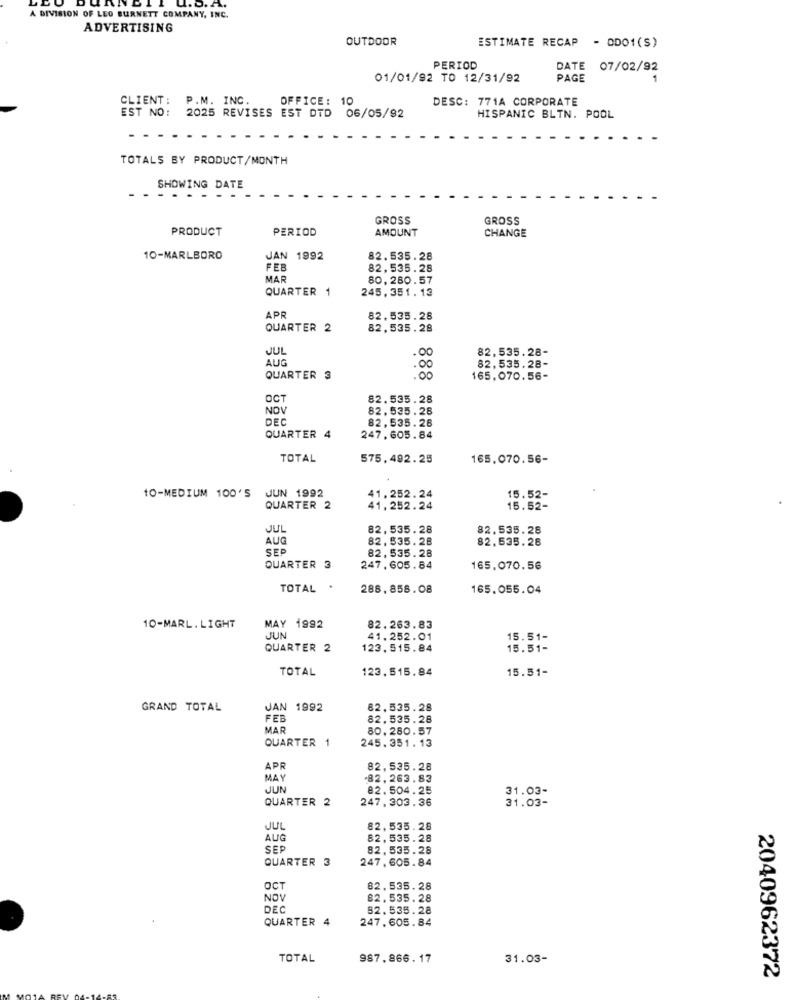
A DIVISION OF LEO BURNETT COMPANY, INC.
ADVERTISING
OUTDOOR
ESTIMATE RECAP - ODO1(S)
PERIOD
DATE 07/02/92
01/01/92 TO 12/31/92
PAGE
CLIENT: P.M. INC.
OFFICE: 10
DESC: 771A CORPORATE
EST NO :
2025 REVISES EST DTD 06/05/92
HISPANIC BLIN. POOL
TOTALS BY PRODUCT/MONTH
SHOWING DATE
GROSS
GROSS
PRODUCT
PERIOD
AMOUNT
CHANGE
10-MARLBORO
JAN 1992
82.535.28
FEB
82,535.28
MAR
80,280.57
QUARTER 1
245,351.13
APR
82.535.28
QUARTER 2
82,535.28
JUL
82,535.28-
AUG
82.535.28-
QUARTER 3
:00
165,070.56-
OCT
82.535.28
NOV
82.535.28
DEC
82,535.26
QUARTER 4
247.605.84
TOTAL
575,492.25
165.070.56-
10-MEDIUM 100'S
JUN 1992
41.252.24
15.52-
QUARTER 2
41,252.24
15.52-
JUL
82.535.28
82.535.28
AUG
82,535.28
82.535.28
SEP
82, 535.28
QUARTER 3
247.605.84
165.070.56
TOTAL .
288, 858.08
165.055.04
10-MARL. LIGHT
MAY 1992
82.263.83
JUN
41.252.01
15.51-
QUARTER 2
123.515.84
15.51-
TOTAL
123.515.84
15.51-
GRAND TOTAL
JAN 1992
82.535.28
FEB
82.535.28
MAR
80.280.57
QUARTER 1
245.351.13
APR
82,535.28
MAY
82.263.83
JUN
82.504.25
31.03-
QUARTER 2
247.303.36
31.03-
JUL
82,535.28
AUG
82, 535.28
SEP
82,535.28
QUARTER 3
247. 605.84
OCT
82. 535.28
NOV
82.535.28
DEC
82.535.28
QUARTER 4
247.605.84
TOTAL
987.866.17
31.03-
2040962372